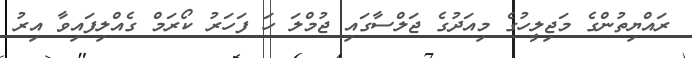
ރައްޔިތުންގެ މަޖިލީހުގެ މިއަދުގެ ޖަލްސާގައި ޖުމްލަ ހަ ފަހަރު ކޯރަމް ގެއްލިފައިވާ އިރު